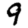
Digit: 9